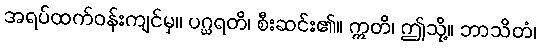
အရပ်ထက်ဝန်းကျင်မှ။ ပဂ္ဃရတိ၊ စီးဆင်း၏။ ဣတိ၊ ဤသို့။ ဘာသိတံ၊